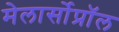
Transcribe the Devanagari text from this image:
मेलार्सोप्रॉल